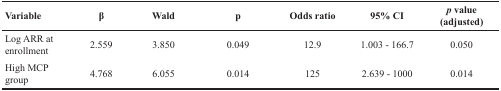
<table><thead><tr><td><b>Variable</b></td><td><b>β</b></td><td><b>Wald</b></td><td><b>p</b></td><td><b>Odds ratio</b></td><td><b>95% CI</b></td><td><b><i>p</i> value (adjusted)</b></td></tr></thead><tbody><tr><td>Log ARR at enrollment</td><td>2.559</td><td>3.850</td><td>0.049</td><td>12.9</td><td>1.003 - 166.7</td><td>0.050</td></tr><tr><td>High MCP group</td><td>4.768</td><td>6.055</td><td>0.014</td><td>125</td><td>2.639 - 1000</td><td>0.014</td></tr></tbody></table>